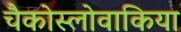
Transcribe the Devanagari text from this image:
चैकोस्लोवाकिया